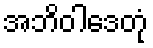
အဘိဝါဒေတုံ